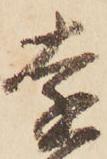
遠